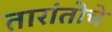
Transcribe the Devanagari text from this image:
तारांतोचे